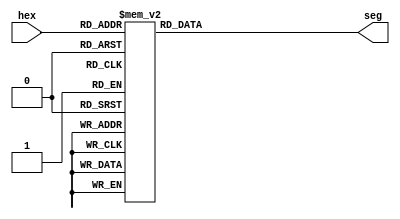
module hex_to_7seg (
	input [3:0] hex,
	output reg [6:0] seg
);



always @(hex)
	  case (hex)
			0 : seg = 7'b0000001;
			1 : seg = 7'b1001111;
			2 : seg = 7'b0010010;
			3 : seg = 7'b0000110;
			4 : seg = 7'b1001100;
			5 : seg = 7'b0100100;
			6 : seg = 7'b0100000;
			7 : seg = 7'b0001111;
			8 : seg = 7'b0000000;
			9 : seg = 7'b0000100;
			default : seg = 7'b1111111; 
	  endcase

endmodule